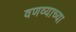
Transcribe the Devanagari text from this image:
वणव्याच्या